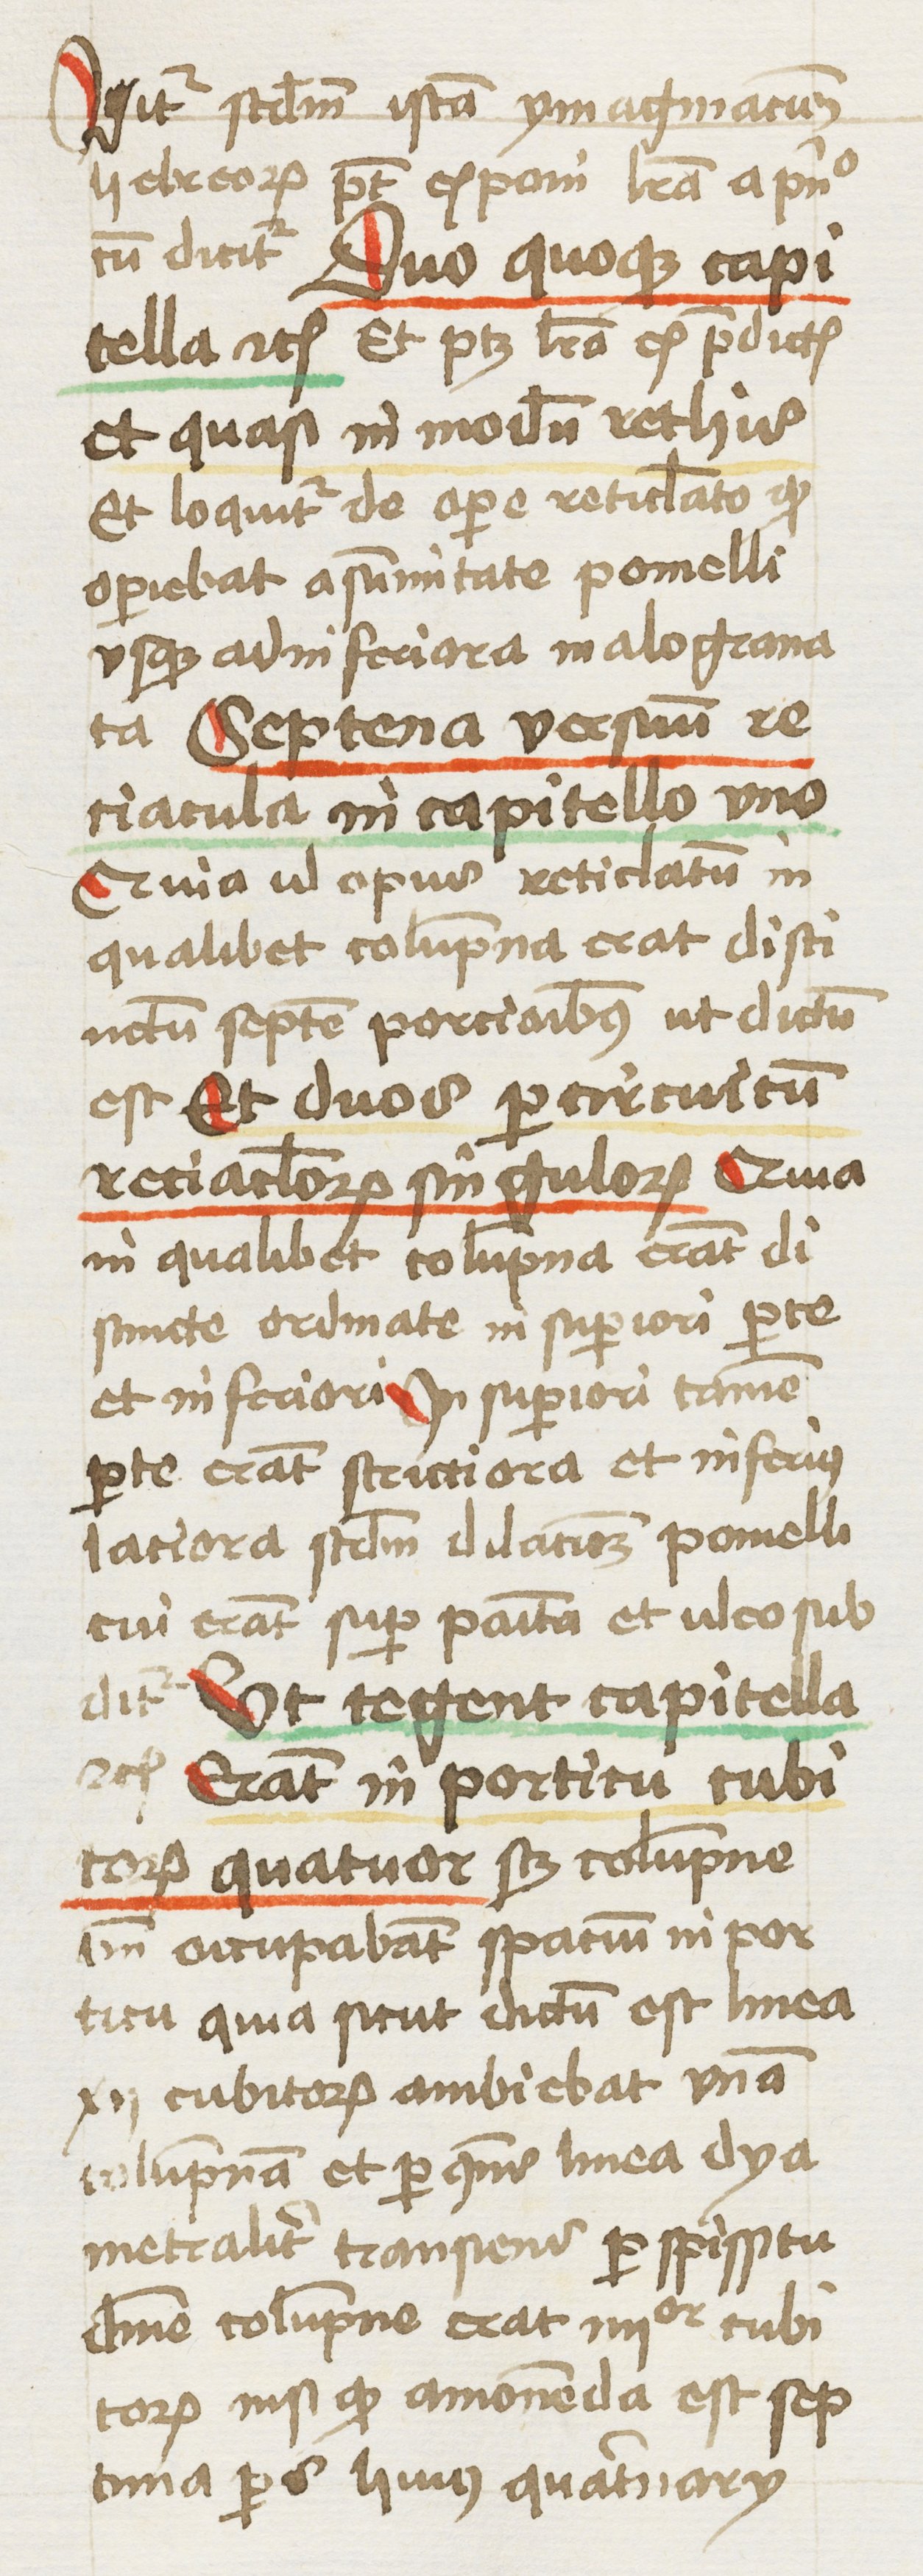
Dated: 1460–1462